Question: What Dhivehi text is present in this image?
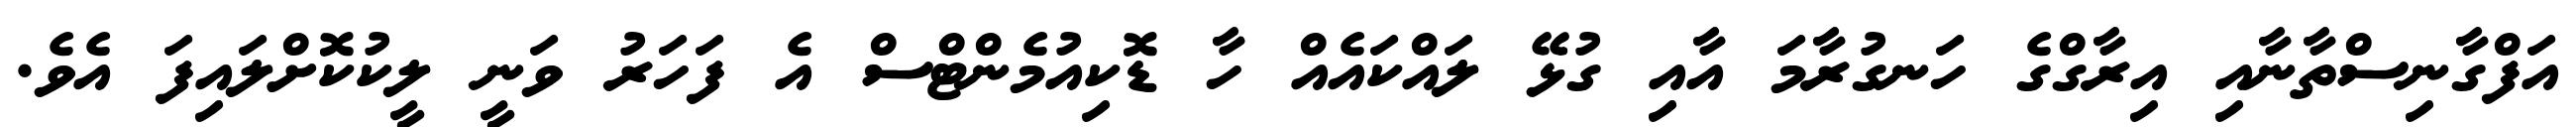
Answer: އަފްގާނިސްތާނާއި އިރާގްގެ ހަނގުރާމަ އާއި ގުޅޭ ލައްކައެއް ހާ ޑޮކިއުމެންޓްސް އެ ފަހަރު ވަނީ ލީކުކޮށްލައިފަ އެވެ.